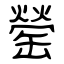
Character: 罃